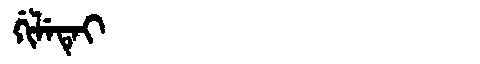
Manchu: ᡤᡳᠯᡝᡨᡝᡳ
Romanization: GILETEI